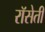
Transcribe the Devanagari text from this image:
रॉसेती